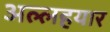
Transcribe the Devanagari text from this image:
अल्लहयार